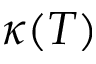
\kappa ( T )